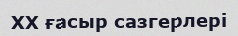
XX ғасыр сазгерлері